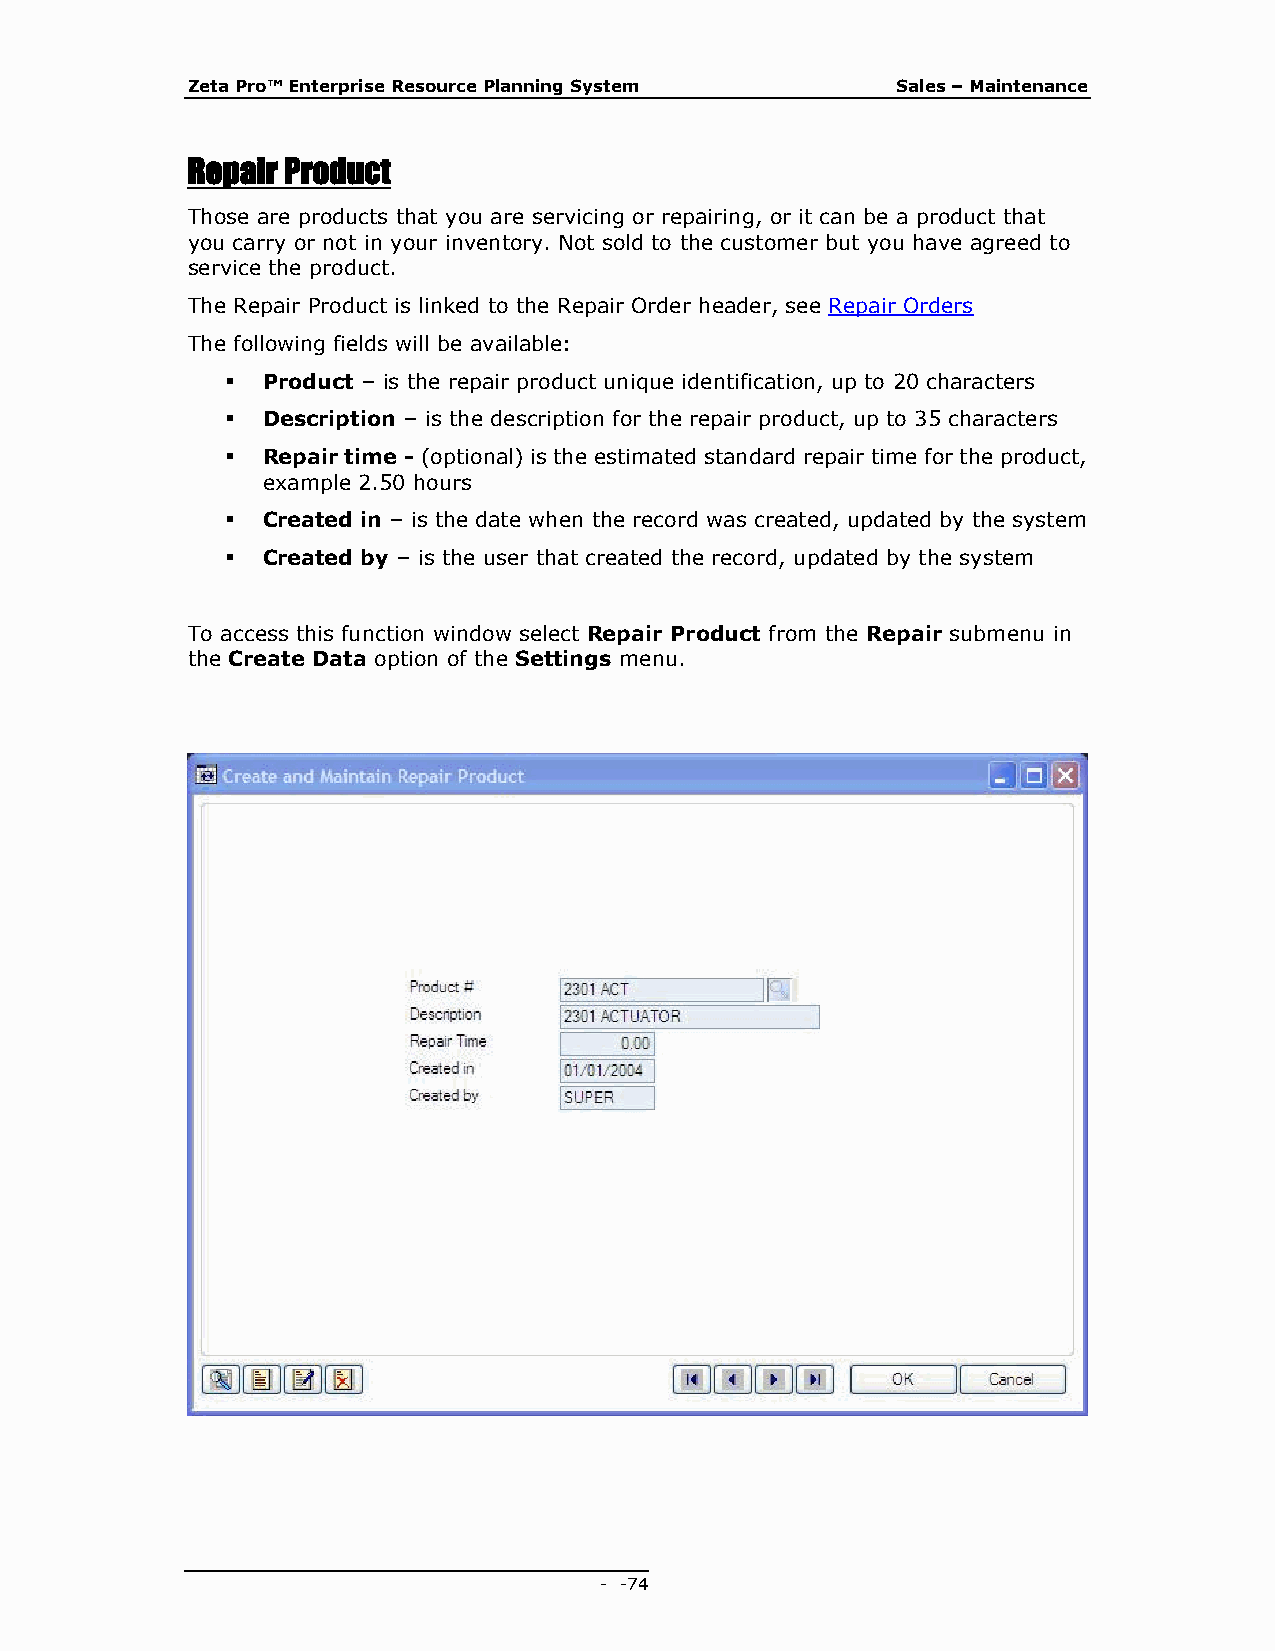
Zeta Pro™ Enterprise Resource Planning System  Sales – Maintenance
 Repair Product
 Those are products that you are servicing or repairing, or it can be a product that
 you carry or not in your inventory. Not sold to the customer but you have agreed to
 service the product.
 The Repair Product is linked to the Repair Order header, see Repair Orders
 The following fields will be available:
  Product – is the repair product unique identification, up to 20 characters
  Description – is the description for the repair product, up to 35 characters
  Repair time - (optional) is the estimated standard repair time for the product,
 example 2.50 hours
  Created in – is the date when the record was created, updated by the system
  Created by – is the user that created the record, updated by the system
 To access this function window select Repair Product from the Repair submenu in
 the Create Data option of the Settings menu.
 - - 74